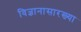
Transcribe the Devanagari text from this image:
विज्ञानासारख्या